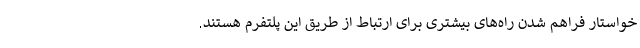
خواستار فراهم شدن راه‌های بیشتری برای ارتباط از طریق این پلتفرم هستند.